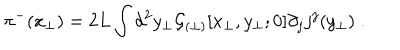
\pi ^ { - } ( x _ { \perp } ) = 2 L \int d ^ { 2 } y _ { \perp } { \cal G } _ { ( \perp ) } [ x _ { \perp } , y _ { \perp } ; 0 ] \partial _ { j } j ^ { j } ( y _ { \perp } ) \; .